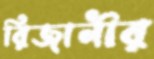
রিজানীর